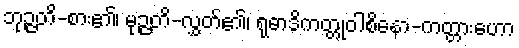
ဘုဉ္ဇတိ-စား၏၊ မုဉ္ဇတိ-လွှတ်၏၊ ရုဓာဒိကတ္တုဝါစိနော-ကတ္တားဟော